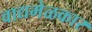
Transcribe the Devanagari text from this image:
वाद्यमेळकार